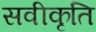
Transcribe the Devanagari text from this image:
सवीकृति